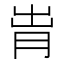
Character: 𬁹